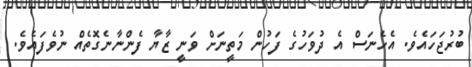
ބުރުޖަހައެވެ. އެހެނަސް އެ ދުވަހުގެ ފަހުން މަތީނަށް ވަނީ ޒާޔާ ފެންނާނެގޮތެއް ނުވެފައެވެ.